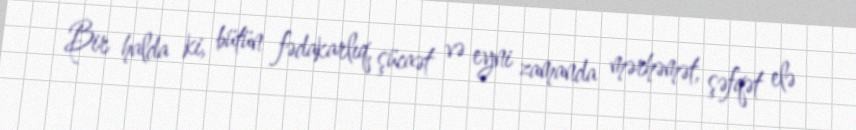
Bir halda ki, bütün fədakarlıq, şücaət və eyni zamanda mərhəmət, şəfqət elə